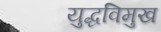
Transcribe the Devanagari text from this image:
युद्धविमुख